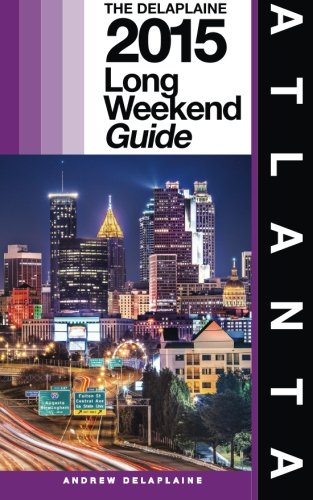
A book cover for Atlanta - The Delaplaine 2015 Long Weekend Guide (Long Weekend Guides); Andrew Delaplaine; Travel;